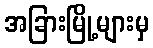
အခြားမြို့များမှ